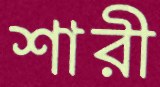
শারী